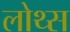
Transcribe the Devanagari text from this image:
लोथ्स